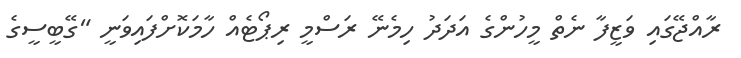
ރާއްޖޭގައި ވަޒީފާ ނެތް މީހުންގެ އަދަދު ހިމެނޭ ރަސްމީ ރިޕޯޓެއް ހާމަކޮށްފައިވަނީ "ގޭބީސީގެ